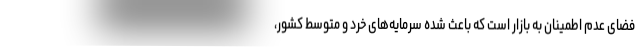
فضای عدم اطمینان به بازار است که باعث شده سرمایه‌های خرد و متوسط کشور،